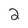
Character: 2